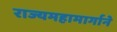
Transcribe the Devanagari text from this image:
राज्यमहामार्गाने